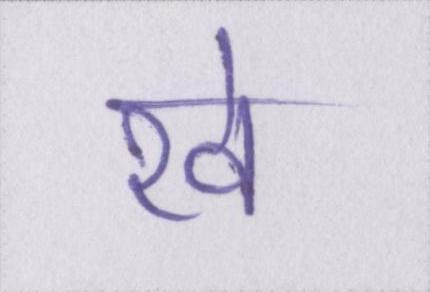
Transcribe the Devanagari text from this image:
रवे